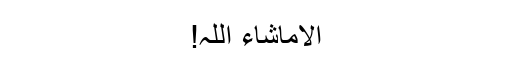
اِلاّماشاء اللہ!